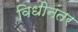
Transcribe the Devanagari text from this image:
विधीनंतर